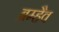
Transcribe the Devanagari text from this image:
ब्रम्हैव